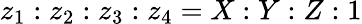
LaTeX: z_{1}:z_{2}:z_{3}:z_{4}=X:Y:Z:1